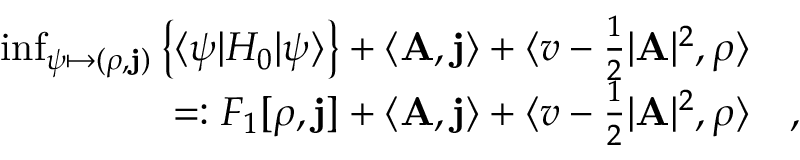
\begin{array} { r l } { \operatorname* { i n f } _ { \psi \mapsto ( \rho , \mathbf { j } ) } \left\{ \langle \psi | H _ { 0 } | \psi \rangle \right\} + \langle \mathbf { A } , \mathbf { j } \rangle + \langle v - \frac 1 2 \vert \mathbf { A } \vert ^ { 2 } , \rho \rangle } & { } \\ { = : F _ { 1 } [ \rho , \mathbf { j } ] + \langle \mathbf { A } , \mathbf { j } \rangle + \langle v - \frac 1 2 \vert \mathbf { A } \vert ^ { 2 } , \rho \rangle } & { , } \end{array}